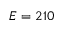
E = 2 1 0